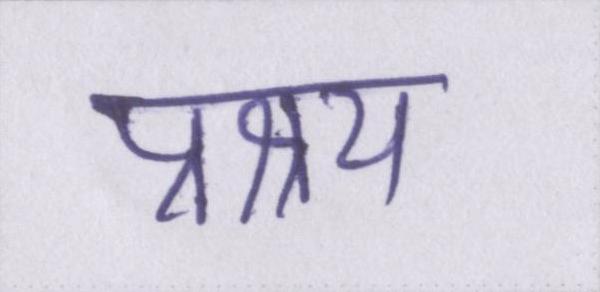
प्रश्रय